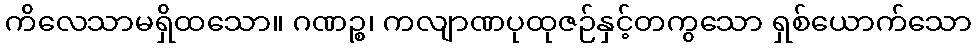
ကိလေသာမရှိထသော။ ဂဏဉ္စ၊ ကလျာဏပုထုဇဉ်နှင့်တကွသော ရှစ်ယောက်သော